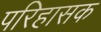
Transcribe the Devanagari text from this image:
परिहासक